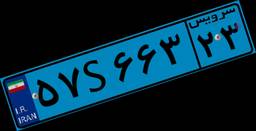
۱۸S۹۱۰۹۱